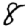
Digit: 8